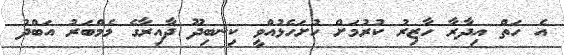
އެ ހަތް އިދާރާ ހާޒިރު ކުރުމަށް ހުށަހެޅުއްވީ ކިނބިދޫ ދާއިރާގެ މެމްބަރު އަބްދު